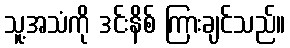
သူ့အသံကို ဒင်းနိစ် ကြားချင်သည်။